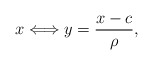
\begin{align*}x\Longleftrightarrow y=\frac{x-c}{\rho},\end{align*}